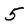
Character: 5